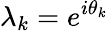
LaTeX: \lambda_{k}=e^{i\theta_{k}}